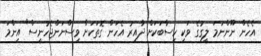
އެހެން ނޫންނަމަ ލީގުގެ ވަކި ހިސާބަކަށް ދާއިރު އެހަން ގޮތަކަށް ވިސްނަންޖެހުނީސް" އިންމަ